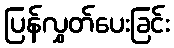
ပြန်လွှတ်ပေးခြင်း